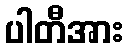
ပါတီအား